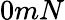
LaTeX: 0mN